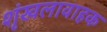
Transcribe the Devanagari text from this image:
शृंखलावाहक